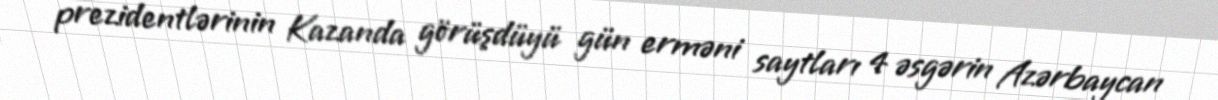
prezidentlərinin Kazanda görüşdüyü gün erməni saytları 4 əsgərin Azərbaycan